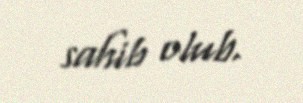
sahib olub.